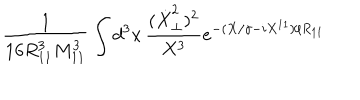
\frac { 1 } { 1 6 R _ { 1 1 } ^ { 3 } M _ { 1 1 } ^ { 3 } } \int d ^ { 3 } x \, \frac { ( \dot { X } _ { \perp } ^ { 2 } ) ^ { 2 } } { X ^ { 3 } } e ^ { - ( X / \gamma - i X ^ { 1 1 } ) / R _ { 1 1 } }